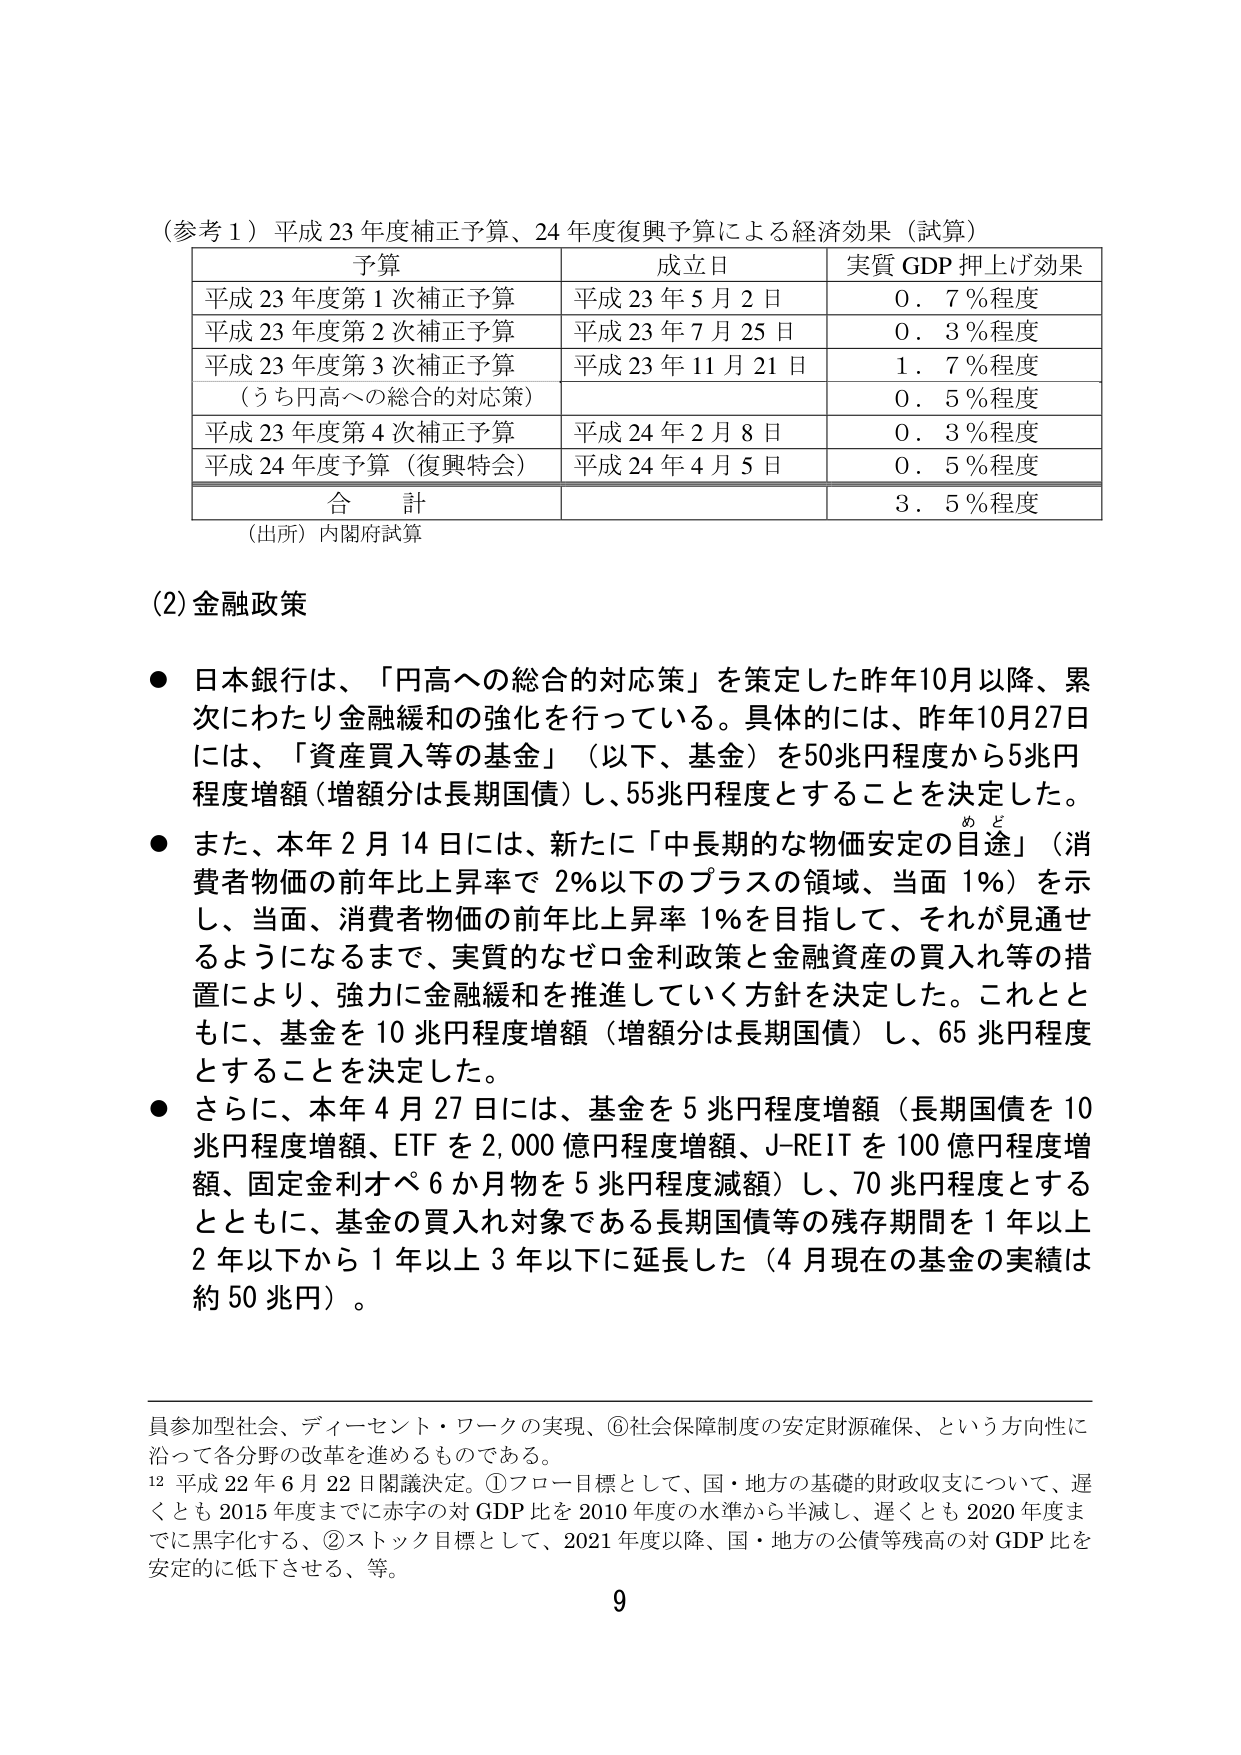
（参考１）平成23年度補正予算、24年度復興予算による経済効果（試算）

予算 成立日 実質GDP押上げ効果
平成23年度第1次補正予算 平成23年5月2日 0．7％程度
平成23年度第2次補正予算 平成23年7月25日 0．3％程度
平成23年度第3次補正予算 平成23年11月21日 1．7％程度
（うち円高への総合的対応策） 0．5％程度
平成23年度第4次補正予算 平成24年2月8日 0．3％程度
平成24年度予算（復興特会） 平成24年4月5日 0．5％程度
合計 3．5％程度

（出所）内閣府試算

(2)金融政策

● 日本銀行は、「円高への総合的対応策」を策定した昨年10月以降、累次にわたり金融緩和の強化を行っている。具体的には、昨年10月27日には、「資産買入等の基金」（以下、基金）を50兆円程度から5兆円程度増額（増額分は長期国債）し、55兆円程度とすることを決定した。

● また、本年2月14日には、新たに「中長期的な物価安定の目途」（消費者物価の前年比上昇率で2％以下のプラスの領域、当面1％）を示し、当面、消費者物価の前年比上昇率1％を目指して、それが見通せるようになるまで、実質的なゼロ金利政策と金融資産の買入れ等の措置により、強力に金融緩和を推進していく方針を決定した。これとともに、基金を10兆円程度増額（増額分は長期国債）し、65兆円程度とすることを決定した。

● さらに、本年4月27日には、基金を5兆円程度増額（長期国債を10兆円程度増額、ETFを2,000億円程度増額、J-REITを100億円程度増額、固定金利オペ6か月物を5兆円程度減額）し、70兆円程度とするとともに、基金の買入れ対象である長期国債等の残存期間を1年以上2年以下から1年以上3年以下に延長した（4月現在の基金の実績は約50兆円）。

員参加型社会、ディーセント・ワークの実現、⑥社会保障制度の安定財源確保、という方向性に沿って各分野の改革を進めるものである。

12 平成22年6月22日閣議決定。①フロー目標として、国・地方の基礎的財政収支について、遅くとも2015年度までに赤字の対GDP比を2010年度の水準から半減し、遅くとも2020年度までに黒字化する、②ストック目標として、2021年度以降、国・地方の公債等残高の対GDP比を安定的に低下させる、等。

9